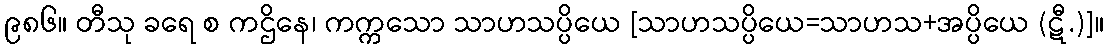
၉၈၆။ တီသု ခရေ စ ကဌိနေ၊ ကက္ကသော သာဟသပ္ပိယေ [သာဟသပ္ပိယေ=သာဟသ+အပ္ပိယေ (ဋီ.)]။